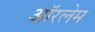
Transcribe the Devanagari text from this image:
ऑरलेम